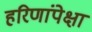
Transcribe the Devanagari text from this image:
हरिणांपेक्षा